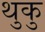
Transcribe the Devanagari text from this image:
थुकु